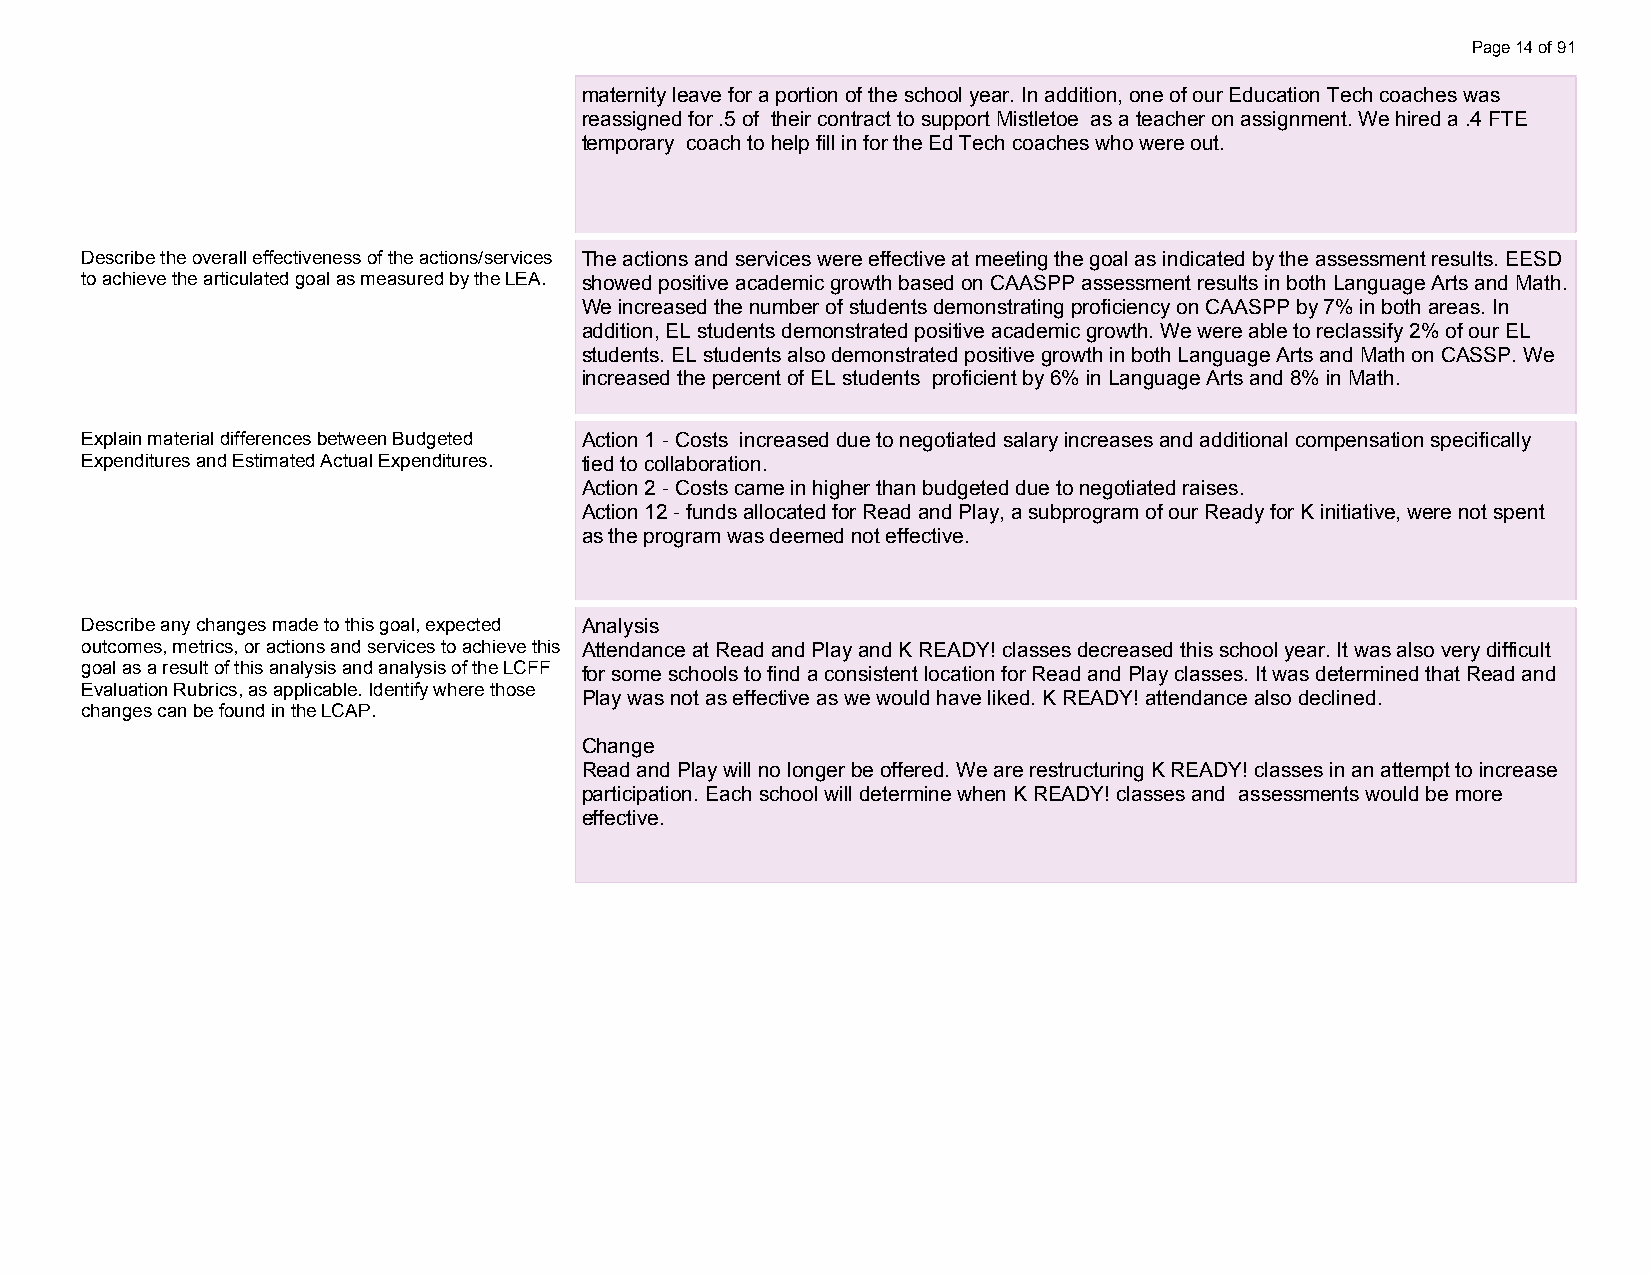
Page 14 of 91
 maternity leave for a portion of the school year. In addition, one of our Education Tech coaches was
 reassigned for .5 of their contract to support Mistletoe as a teacher on assignment. We hired a .4 FTE
 temporary coach to help fill in for the Ed Tech coaches who were out.
 --------
 Describe the overall effectiveness of the actions/services The actions and services were effective at meeting the goal as indicated by the assessment results. EESD
 to achieve the articulated goal as measured by the LEA. showed positive academic growth based on CAASPP assessment results in both Language Arts and Math.
 We increased the number of students demonstrating proficiency on CAASPP by 7% in both areas. In
 addition, EL students demonstrated positive academic growth. We were able to reclassify 2% of our EL
 students. EL students also demonstrated positive growth in both Language Arts and Math on CASSP. We
 increased the percent of EL students proficient by 6% in Language Arts and 8% in Math.
 --------
 Explain material differences between Budgeted Action 1 - Costs increased due to negotiated salary increases and additional compensation specifically
 Expenditures and Estimated Actual Expenditures. tied to collaboration.
 Action 2 - Costs came in higher than budgeted due to negotiated raises.
 Action 12 - funds allocated for Read and Play, a subprogram of our Ready for K initiative, were not spent
 as the program was deemed not effective.
 --------
 Describe any changes made to this goal, expected Analysis
 outcomes, metrics, or actions and services to achieve this Attendance at Read and Play and K READY! classes decreased this school year. It was also very difficult
 goal as a result of this analysis and analysis of the LCFF for some schools to find a consistent location for Read and Play classes. It was determined that Read and
 Evaluation Rubrics, as applicable. Identify where those
 Play was not as effective as we would have liked. K READY! attendance also declined.
 changes can be found in the LCAP.
 Change
 Read and Play will no longer be offered. We are restructuring K READY! classes in an attempt to increase
 participation. Each school will determine when K READY! classes and assessments would be more
 effective.